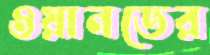
ওয়ানডের